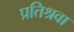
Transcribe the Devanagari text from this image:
प्रतिश्रवा